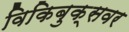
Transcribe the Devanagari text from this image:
विकिबुक्सवर